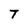
Character: T